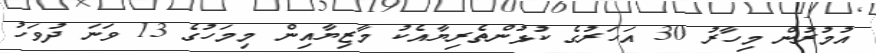
އުމުރުން މިހާރު 30 އަހަރުގެ ކުޅުންތެރިޔާއެކު މާޒިޔާއިން މިމަހުގެ 13 ވަނަ ދުވަހު